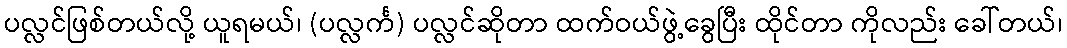
ပလ္လင်ဖြစ်တယ်လို့ ယူရမယ်၊ (ပလ္လင်္က) ပလ္လင်ဆိုတာ ထက်ဝယ်ဖွဲ့ခွေပြီး ထိုင်တာ ကိုလည်း ခေါ်တယ်၊